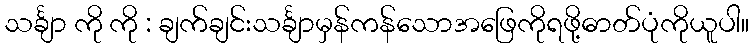
သင်္ချာ ကို ကို : ချက်ချင်းသင်္ချာမှန်ကန်သောအဖြေကိုရဖို့ဓာတ်ပုံကိုယူပါ။